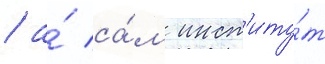
/ а́ са́м инст'иту́т